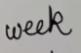
week